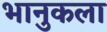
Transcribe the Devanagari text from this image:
भानुकला